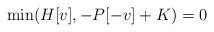
LaTeX: \begin{align*} \min(H[v],-P[-v]+K)=0\end{align*}